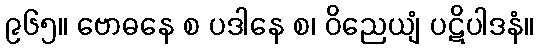
၉၆၅။ ဗောဓနေ စ ပဒါနေ စ၊ ဝိညေယျံ ပဋိပါဒနံ။